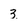
Character: 3